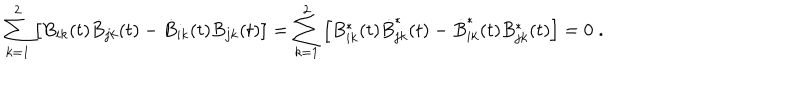
\sum _ { k = 1 } ^ { 2 } \left[ B _ { i k } ( t ) \dot { B } _ { j k } ( t ) - \dot { B } _ { i k } ( t ) B _ { j k } ( t ) \right] = \sum _ { k = 1 } ^ { 2 } \left[ B _ { i k } ^ { \ast } ( t ) \dot { B } _ { j k } ^ { \ast } ( t ) - \dot { B } _ { i k } ^ { \ast } ( t ) B _ { j k } ^ { \ast } ( t ) \right] = 0 \; .